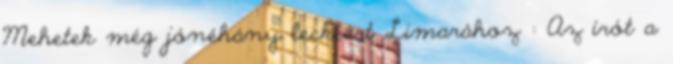
Mehetek még jónéhány leckéért Limarához : Az írót a